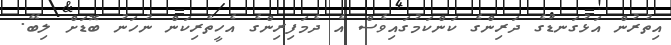
އިތުރުން އަޅުގަނޑުގެ ދަރިންގެ ކަންކަމުގައިވެސް އެ ދެމަފިރިންގެ އެހީތެރިކަން ނުހަނު ބޮޑަށް ލިބޭ.